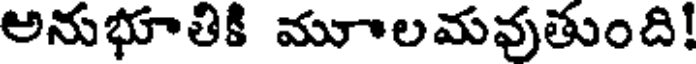
అనుభూతికి మూలమవుతుంది!